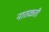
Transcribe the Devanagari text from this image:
नातळती